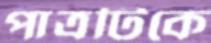
পাত্রটিকে